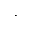
\cdot